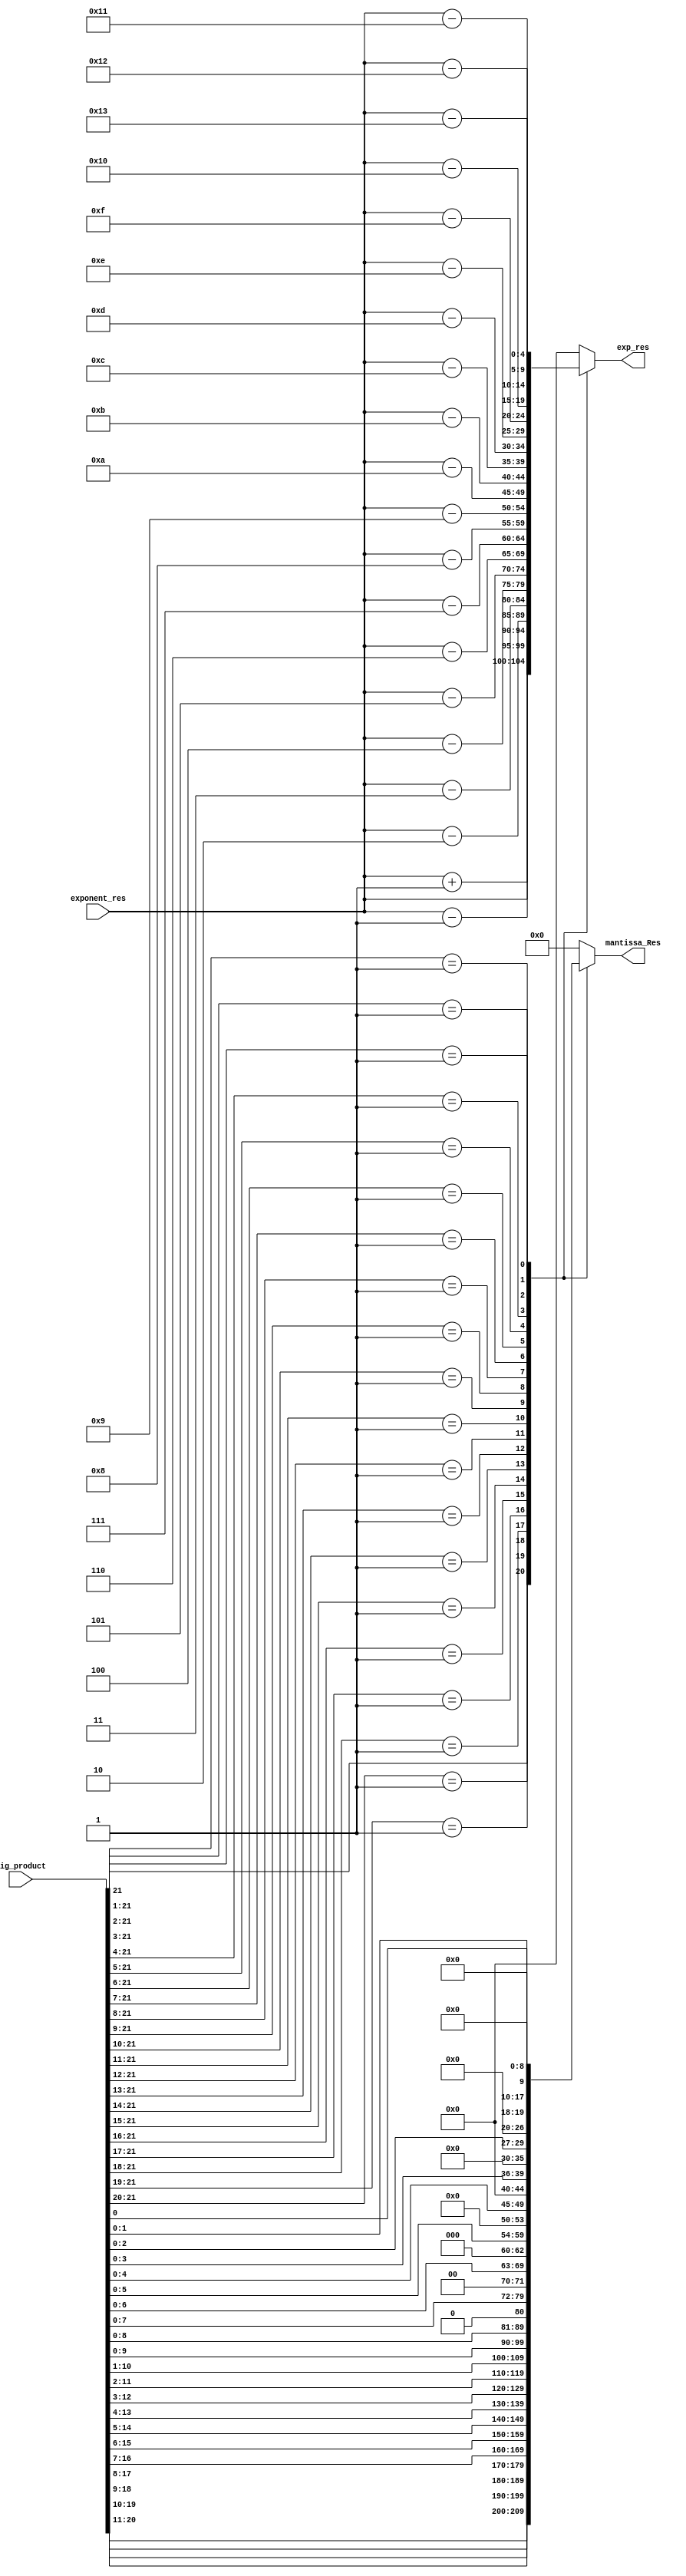
module Normalize_mul(input [21:0] big_product,input [4:0]exponent_res,
							output reg [9:0]mantissa_Res,output reg[4:0]exp_res);

always @(big_product,exponent_res) begin
		casex(big_product) 
			22'b1xxxxxxxxxxxxxxxxxxxxx:
			  begin
			    mantissa_Res = big_product[20:11];
			    exp_res = exponent_res + 1;
			  end
			22'b01xxxxxxxxxxxxxxxxxxxx:
			  begin
			    mantissa_Res = big_product[19:10];
			    exp_res = exponent_res;
			  end
			22'b001xxxxxxxxxxxxxxxxxxx:
			  begin
			    mantissa_Res = big_product[18:9];
			    exp_res = exponent_res-1;
			  end
			22'b0001xxxxxxxxxxxxxxxxxx:
			  begin
			    mantissa_Res = big_product[17:8];
			    exp_res = exponent_res-2;
			  end
			22'b00001xxxxxxxxxxxxxxxxx:
			  begin
			    mantissa_Res = big_product[16:7];
			    exp_res = exponent_res-3;
			  end
			22'b000001xxxxxxxxxxxxxxxx:
			  begin
			    mantissa_Res = big_product[15:6];
			    exp_res = exponent_res-4;
			  end
			22'b0000001xxxxxxxxxxxxxxx:
			  begin
			    mantissa_Res = big_product[14:5];
			    exp_res = exponent_res-5;
			  end
			22'b00000001xxxxxxxxxxxxxx:
			  begin
			    mantissa_Res = big_product[13:4];
			    exp_res = exponent_res-6;
			  end
			22'b000000001xxxxxxxxxxxxx:
			  begin
			    mantissa_Res = big_product[12:3];
			    exp_res = exponent_res-7;
			  end
			22'b0000000001xxxxxxxxxxxx:
			  begin
			    mantissa_Res = big_product[11:2];
			    exp_res = exponent_res-8;
			  end
			22'b00000000001xxxxxxxxxxx:
			  begin
			    mantissa_Res = big_product[10:1];
			    exp_res = exponent_res-9;
			  end
			22'b000000000001xxxxxxxxxx:
			  begin
			    mantissa_Res = big_product[9:0];
			    exp_res = exponent_res-10;
			  end
			22'b0000000000001xxxxxxxxx:
			  begin
			    mantissa_Res = {big_product[8:0],1'b0};
			    exp_res = exponent_res-11;
			  end
			22'b00000000000001xxxxxxxx:
			  begin
			    mantissa_Res = {big_product[7:0],2'b00};
			    exp_res = exponent_res-12;
			  end
			22'b000000000000001xxxxxxx:
			  begin
			    mantissa_Res = {big_product[6:0],3'b000};
			    exp_res = exponent_res-13;
			  end
			22'b0000000000000001xxxxxx:
			  begin
			    mantissa_Res = {big_product[5:0],4'b0000};
			    exp_res = exponent_res-14;
			  end
			22'b00000000000000001xxxxx:
			  begin
			    mantissa_Res = {big_product[4:0],5'b0000};
			    exp_res = exponent_res-15;
			  end
			22'b000000000000000001xxxx:
			  begin
			    mantissa_Res = {big_product[3:0],6'b0};
			    exp_res = exponent_res-16;
			  end
			22'b0000000000000000001xxx:
			  begin
			    mantissa_Res = {big_product[2:0],7'b0};
			    exp_res = exponent_res-17;
			  end
			22'b00000000000000000001xx:
			  begin
			    mantissa_Res = {big_product[1:0],8'b0};
			    exp_res = exponent_res-18;
			  end
			22'b000000000000000000001x:
			  begin
			    mantissa_Res = {big_product[0],9'b0};
			    exp_res = exponent_res-19;
			  end
			default:
			  begin
			    mantissa_Res = 10'b0;
			    exp_res = 5'b0;
			  end
      			endcase
end
endmodule